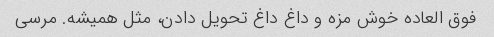
فوق العاده خوش مزه و داغ داغ تحویل دادن، مثل همیشه. مرسى